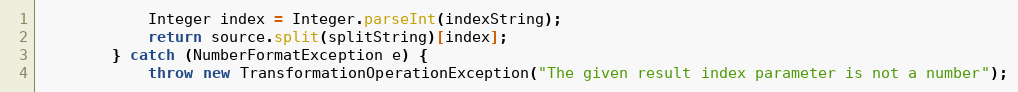
Language: Java
            Integer index = Integer.parseInt(indexString);
            return source.split(splitString)[index];
        } catch (NumberFormatException e) {
            throw new TransformationOperationException("The given result index parameter is not a number");